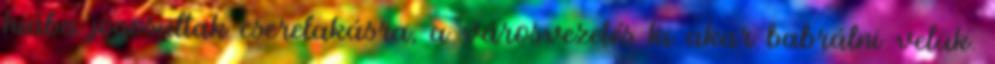
hiába jogosultak cserelakásra, a városvezetés ki akar babrálni velük.